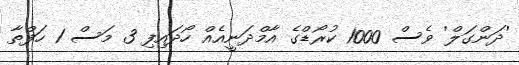
'ދަންގަލް' ވެސް 1000 ކުރޯޑްގެ އާމްދަނީއެއް ހޯދައިފި 3 މަސް 1 ހަފްތާ